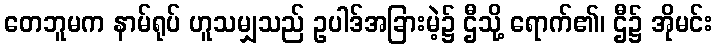
တေဘူမက နာမ်ရုပ် ဟူသမျှသည် ဥပါဒ်အခြားမဲ့၌ ဌီသို့ ရောက်၏၊ ဌီ၌ အိုမင်း